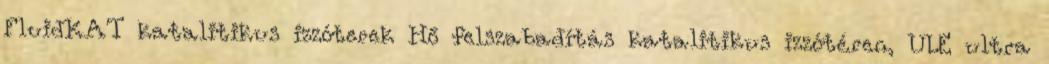
FluidKAT katalitikus izzóterek Hő felszabadítás katalitikus izzótéren, ULE ultra